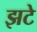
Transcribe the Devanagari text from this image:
झटे